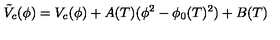
\tilde { V } _ { c } ( \phi ) = V _ { c } ( \phi ) + A ( T ) ( \phi ^ { 2 } - \phi _ { 0 } ( T ) ^ { 2 } ) + B ( T )